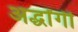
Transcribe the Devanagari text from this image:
अर्द्धांगी